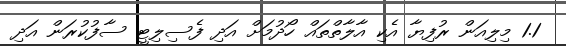
1.1 މިލިއަން ރުފިޔާ އެކި އާލާތްތައް ހޯދުމަށް އަދި ފެސިލިޓީ ސާފުކުރަން އަދި